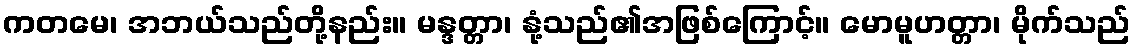
ကတမေ၊ အဘယ်သည်တို့နည်း။ မန္ဒတ္တာ၊ နုံ့သည်၏အဖြစ်ကြောင့်။ မောမူဟတ္တာ၊ မိုက်သည်